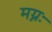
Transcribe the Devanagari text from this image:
मग्नः